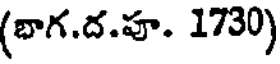
(బాగ.ద.హ. 1730)